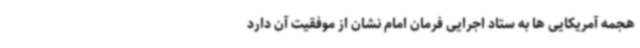
هجمه آمریکایی ها به ستاد اجرایی فرمان امام نشان از موفقیت آن دارد